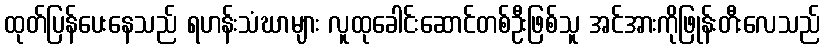
ထုတ်ပြန်ပေးနေသည် ရဟန်းသံဃာများ လူထုခေါင်းဆောင်တစ်ဦးဖြစ်သူ အင်အားကိုဖြုန်းတီးလေသည်